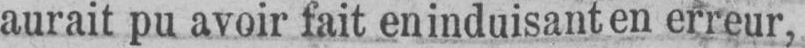
aurait pu avoir fait en induisant en erreur,